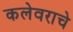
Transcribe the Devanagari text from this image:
कलेवराचे